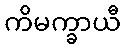
ကိမက္ခာယီ